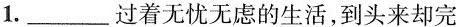
1.__过着无忧无虑的生活，到头来却完